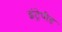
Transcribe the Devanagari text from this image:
इंट्रेपीड